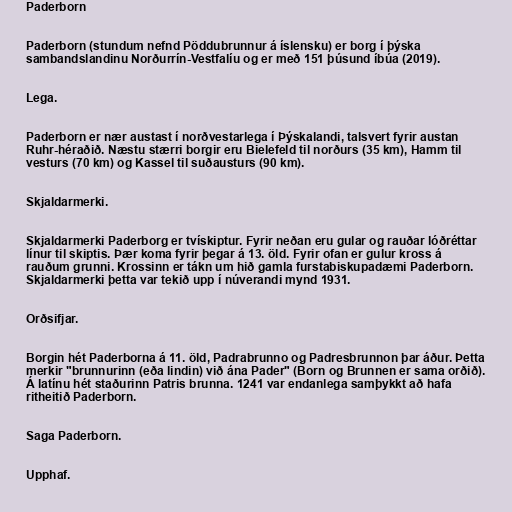
Paderborn

Paderborn (stundum nefnd Pöddubrunnur á íslensku) er borg í þýska
sambandslandinu Norðurrín-Vestfalíu og er með 151 þúsund íbúa (2019).

Lega.

Paderborn er nær austast í norðvestarlega í Þýskalandi, talsvert fyrir austan
Ruhr-héraðið. Næstu stærri borgir eru Bielefeld til norðurs (35 km), Hamm til
vesturs (70 km) og Kassel til suðausturs (90 km).

Skjaldarmerki.

Skjaldarmerki Paderborg er tvískiptur. Fyrir neðan eru gular og rauðar lóðréttar
línur til skiptis. Þær koma fyrir þegar á 13. öld. Fyrir ofan er gulur kross á
rauðum grunni. Krossinn er tákn um hið gamla furstabiskupadæmi Paderborn.
Skjaldarmerki þetta var tekið upp í núverandi mynd 1931.

Orðsifjar.

Borgin hét Paderborna á 11. öld, Padrabrunno og Padresbrunnon þar áður. Þetta
merkir "brunnurinn (eða lindin) við ána Pader" (Born og Brunnen er sama orðið).
Á latínu hét staðurinn Patris brunna. 1241 var endanlega samþykkt að hafa
ritheitið Paderborn.

Saga Paderborn.

Upphaf.